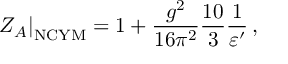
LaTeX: \left. Z _ { A } \right| _ { \mathrm { N C Y M } } = 1 + \frac { g ^ { 2 } } { 1 6 \pi ^ { 2 } } \frac { 1 0 } { 3 } \frac { 1 } { \varepsilon ^ { \prime } } \, ,